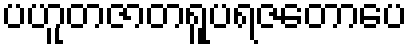
ပဟူတဇာတရူပရဇတောပေ